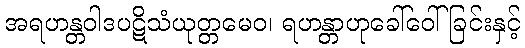
အရဟန္တဝါဒပဋိသံယုတ္တမေဝ၊ ရဟန္တာဟုခေါ်ဝေါ်ခြင်းနှင့်